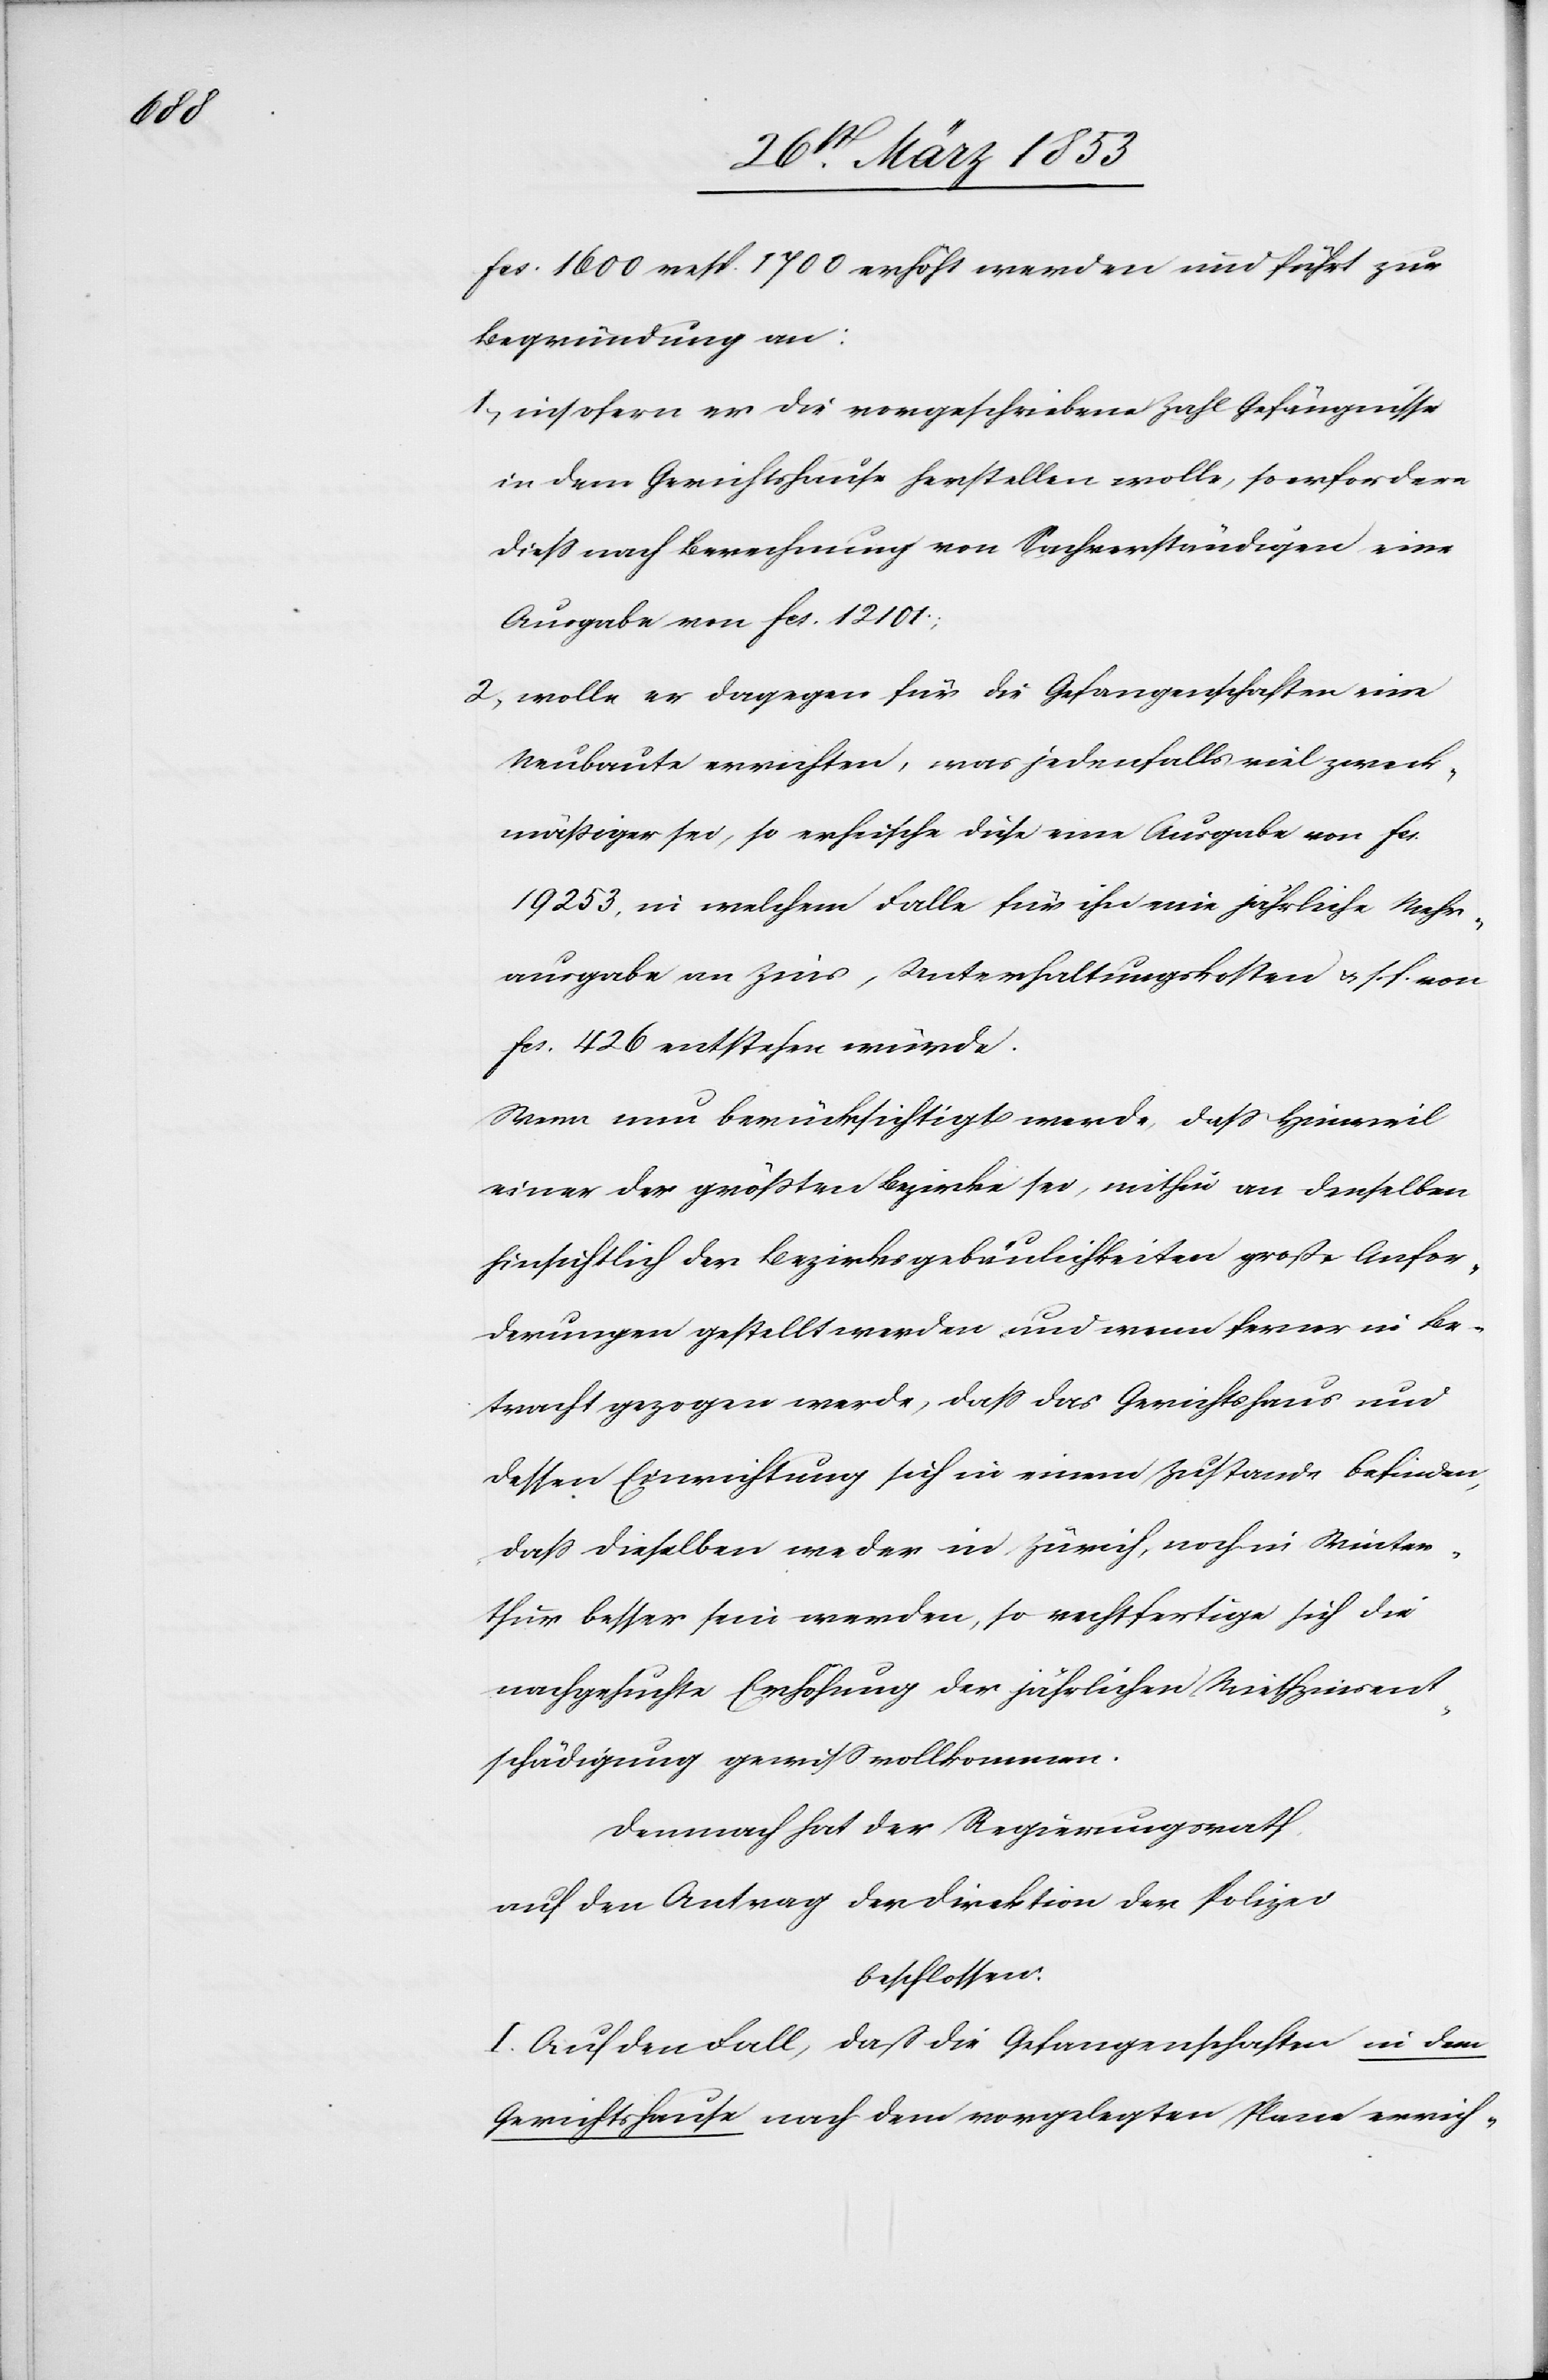
fcs 1600 resp. 1700 erhöht werden und führt zur
Begründung an:
1, insofern er die vorgeschriebene Zahl Gefängnisse
in dem Gerichtshause herstellen wolle, so erfordere
dieß nach Berechnung von Sachverständigen eine
Ausgabe von fcs. 12101.
2, wolle er dagegen für die Gefangenschaften eine
Neubaute errichten, was jedenfalls viel zweck¬
mäßiger sei, so erheische diese eine Ausgabe von fcs.
19253, in welchem Falle für ihn eine jährliche Mehr¬
ausgabe an Zins, Unterhaltungskosten u. s. f. von
fcs. 426 entstehen würde.
Wenn nun berücksichtigt werde, daß Hinweil
einer der größten Bezirke sei, mithin an denselben
hinsichtlich der Bezirksgebäulichkeiten große Anfor¬
derungen gestellt werden und wenn ferner in Be¬
tracht gezogen werde, daß das Gerichtshaus und
dessen Einrichtung sich in einem Zustande befinden,
daß dieselben weder in Zürich, noch in Winter¬
thur besser sein werden, so rechtfertige sich die
nachgesuchte Erhöhung der jährlichen Miethzinsent¬
schädigung gewiß vollkommen.
Demnach hat der Regierungsrath,
auf den Antrag der Direktion der Polizei
beschlossen:
I. Auf den Fall, daß die Gefangenschaften in dem
Gerichtshause nach dem vorgelegten Plane errich-